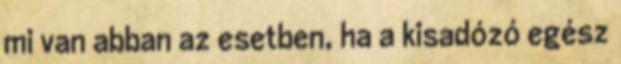
mi van abban az esetben, ha a kisadózó egész